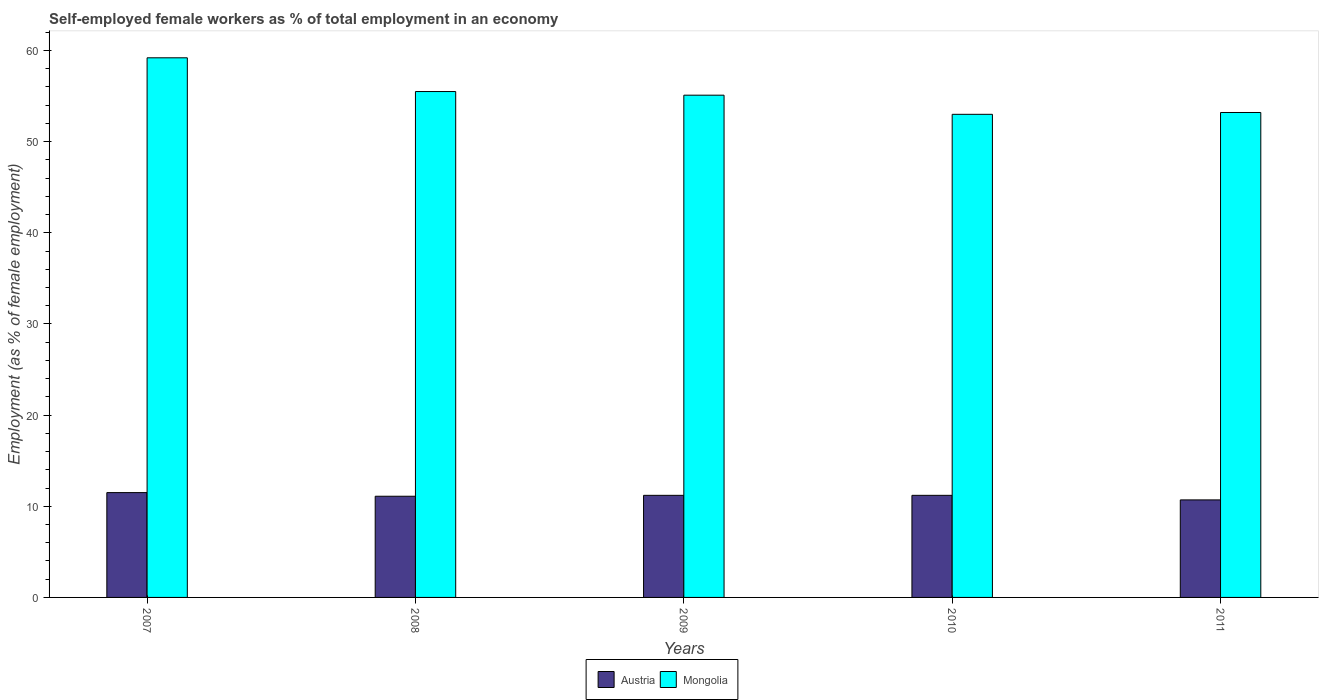
| Years | Austria | Mongolia |
 | --- | --- | --- |
 | 2007 | 11.5 | 59.2 |
 | 2008 | 11.1 | 55.5 |
 | 2009 | 11.2 | 55.1 |
 | 2010 | 11.2 | 53 |
 | 2011 | 10.7 | 53.2 |